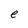
Character: e